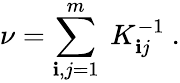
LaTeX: \nu=\sum_{\mathbf{i},j=1}^{m}\ K_{\mathbf{i}j}^{-1}\ .